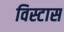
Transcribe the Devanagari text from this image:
विस्टास